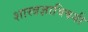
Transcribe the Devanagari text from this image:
शास्त्रज्ञाविषयी